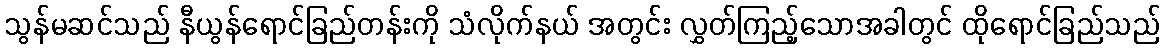
သွန်မဆင်သည် နီယွန်ရောင်ခြည်တန်းကို သံလိုက်နယ် အတွင်း လွှတ်ကြည့်သောအခါတွင် ထိုရောင်ခြည်သည်